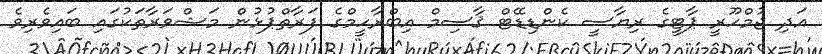
އަދި ޖުމްހޫރީ ޕާޓީގެ ރިޔާސީ ކެންޑިޑޭޓް ޤާސިމް އިބްރާހީމްގެ ފަރާތްޕުޅުން މަޝްވަރާތަކުގައި ބައިވެރިވެ